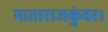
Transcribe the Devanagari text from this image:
माताराजकुंवर।